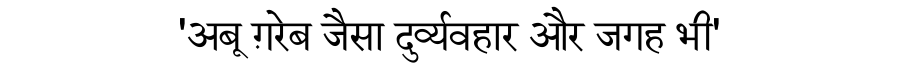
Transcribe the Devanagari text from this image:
'अबू ग़रेब जैसा दुर्व्यवहार और जगह भी'